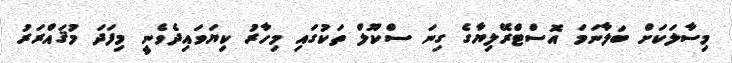
މިސާލަކަށް ބަލާނަމަ އޮސްޓްރޭލިޔާގެ ގިނަ ސްކޫލް ތަކުގައި މިހާރު ކިޔަވައިދެވެނީ މިފަދަ މުޤައްރަރު